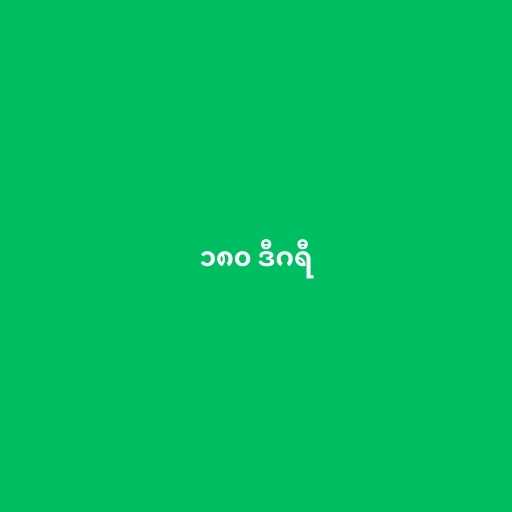
၁၈၀ ဒီဂရီ